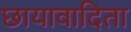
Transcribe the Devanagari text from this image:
छायावादिता